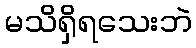
မသိရှိရသေးဘဲ